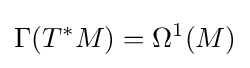
\Gamma (T^{*}M)=\Omega ^{1}(M)